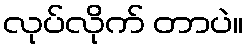
လုပ်လိုက် တာပဲ။